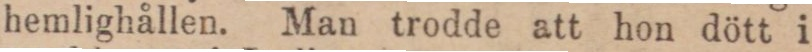
hemlighållen. Man trodde att hon dött i